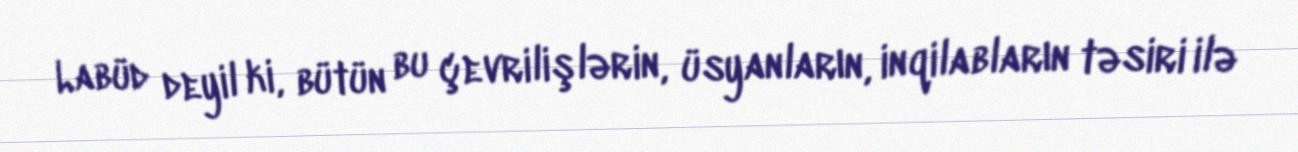
Labüd deyil ki, bütün bu çevrilişlərin, üsyanların, inqilabların təsiri ilə